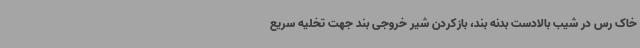
خاک رس در شیب بالادست بدنه بند، بازکردن شیر خروجی بند جهت تخلیه سریع